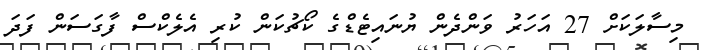
މިސާލަކަށް 27 އަހަރު ވަންދެން ޔުނައިޓެޑްގެ ކޯޗުކަން ކުރި އެލެކްސް ފާގަސަން ފަދަ